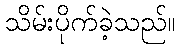
သိမ်းပိုက်ခဲ့သည်။